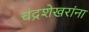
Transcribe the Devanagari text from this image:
चंद्रशेखरांना